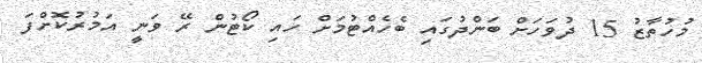
މުހުތާޒު 15 ދުވަހަށް ބަންދުގައި ބެހެއްޓުމަށް ހައި ކޯޓުން ރޭ ވަނީ އަމުރުކޮށްފަ